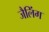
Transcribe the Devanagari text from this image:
जैलिंग